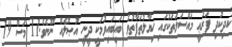
ކުދިކުދި ފަރުޢީ މައްސަލަތަކުގައި ޚިޔާލުތަފާތުވެ ބައިބައިވުމަކީ ދީނީ އުޞޫލެއް ނޫނެވެ.11 މަސް 19